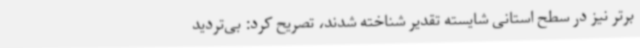
برتر نیز در سطح استانی شایسته تقدیر شناخته شدند، تصریح کرد: بی‌تردید